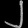
Digit: ၂